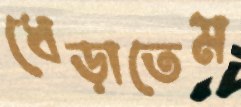
ধেড়াতেম